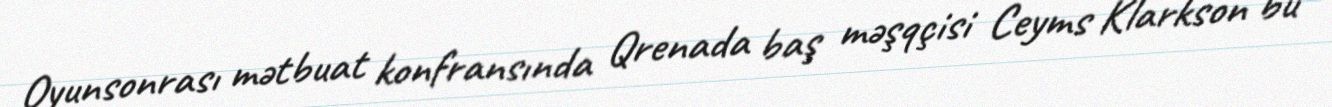
Oyunsonrası mətbuat konfransında Qrenada baş məşqçisi Ceyms Klarkson bu